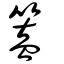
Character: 篕